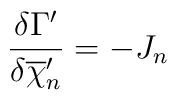
\frac{\delta \Gamma'}{\delta \overline{\chi}'_n}=-J_n